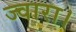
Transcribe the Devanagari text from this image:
ज्वारा।